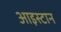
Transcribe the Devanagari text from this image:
आइस्टान